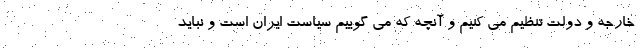
خارجه و دولت تنظیم می کنیم و آنچه که می گوییم سیاست ایران است و نباید